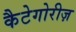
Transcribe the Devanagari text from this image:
कैटेगोरीज़